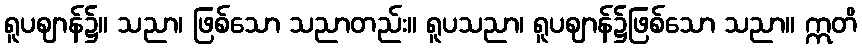
ရူပဈာန်၌။ သညာ၊ ဖြစ်သော သညာတည်း။ ရူပသညာ၊ ရူပဈာန်၌ဖြစ်သော သညာ။ ဣတိ